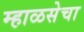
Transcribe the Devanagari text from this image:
म्हाळसेचा